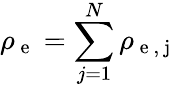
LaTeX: \rho_{\mathrm{~e~}}=\sum_{j=1}^{N}\rho_{\mathrm{~e~,~j~}}